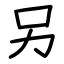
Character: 另